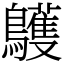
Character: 鸌